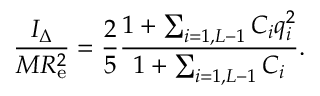
\frac { I _ { \Delta } } { M R _ { \mathrm { e } } ^ { 2 } } = \frac { 2 } { 5 } \frac { { 1 + \sum _ { i = 1 , { \cal L } - 1 } C _ { i } q _ { i } ^ { 2 } } } { 1 + \sum _ { i = 1 , { \cal L } - 1 } C _ { i } } .